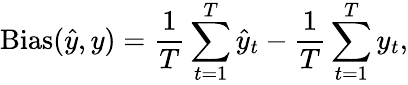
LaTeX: \mathrm{Bias}(\hat{y},y)=\frac{1}{T}\sum_{t=1}^{T}\hat{y}_{t}-\frac{1}{T}\sum_{t=1}^{T}y_{t},